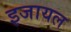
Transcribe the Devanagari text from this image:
इजायल